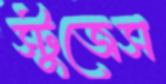
স্টুজেস